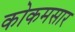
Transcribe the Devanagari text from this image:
कोकमसार